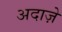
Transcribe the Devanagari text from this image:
अदाज़े